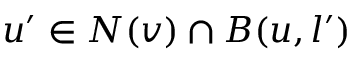
u ^ { \prime } \in N ( v ) \cap B ( u , l ^ { \prime } )